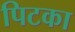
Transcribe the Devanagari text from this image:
पिटका